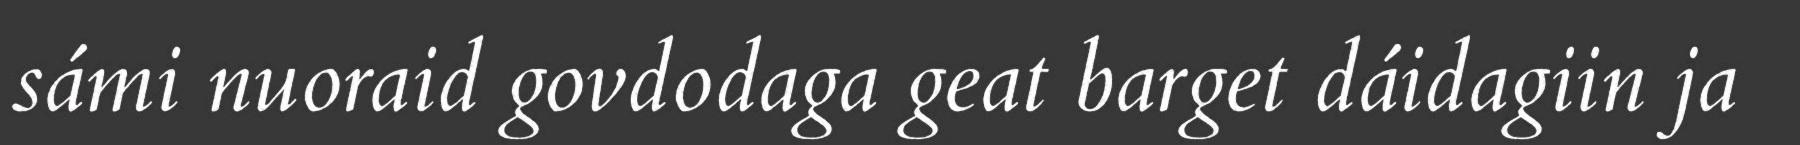
sámi nuoraid govdodaga geat barget dáidagiin ja